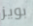
بويز